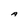
Character: A